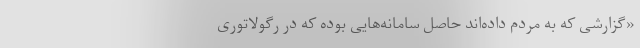
«گزارشی که به مردم داده‌اند حاصل سامانه‌هایی بوده که در رگولاتوری